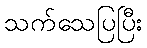
သက်သေပြပြီး